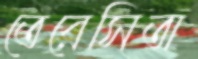
তেরেসিতা